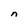
Character: n